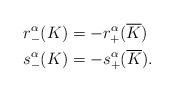
\begin{align*}r^\alpha_-(K) &= -r^\alpha_+(\overline{K})\\s^\alpha_-(K) &= -s^\alpha_+(\overline{K}).\end{align*}